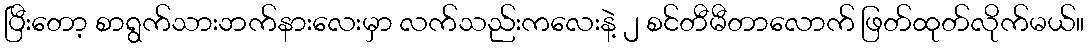
ပြီးတော့ စာရွက်သားဘက်နားလေးမှာ လက်သည်းကလေးနဲ့ ၂ စင်တီမီတာလောက် ဖြတ်ထုတ်လိုက်မယ်။